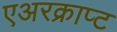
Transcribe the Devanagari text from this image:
एअरक्राप्ट